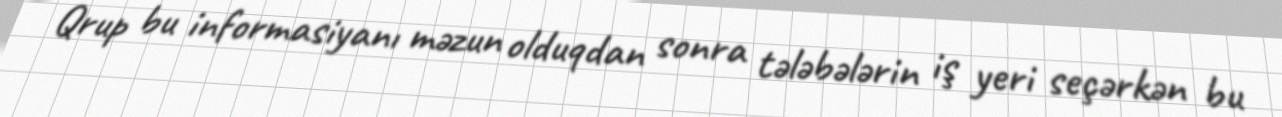
Qrup bu informasiyanı məzun olduqdan sonra tələbələrin iş yeri seçərkən bu